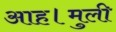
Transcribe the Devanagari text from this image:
आह।मुली